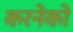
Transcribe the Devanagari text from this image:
करनेको